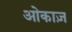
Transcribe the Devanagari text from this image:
ओकाज़